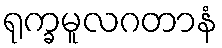
ရုက္ခမူလဂတာနံ